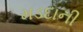
મડદાની